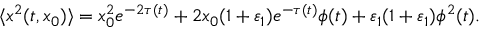
\langle x ^ { 2 } ( t , x _ { 0 } ) \rangle = x _ { 0 } ^ { 2 } e ^ { - 2 \tau ( t ) } + 2 x _ { 0 } ( 1 + \varepsilon _ { 1 } ) e ^ { - \tau ( t ) } \phi ( t ) + \varepsilon _ { 1 } ( 1 + \varepsilon _ { 1 } ) \phi ^ { 2 } ( t ) .